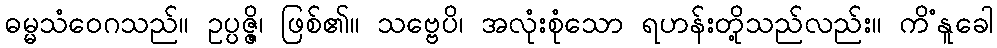
ဓမ္မသံဝေဂသည်။ ဥပ္ပဇ္ဇိ၊ ဖြစ်၏။ သဗ္ဗေပိ၊ အလုံးစုံသော ရဟန်းတို့သည်လည်း။ ကိံနူခေါ